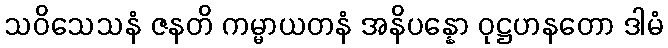
သဝိသေသနံ ဇနတိ ကမ္မာယတနံ အနိပန္နော ဝုဋ္ဌဟနတော ဒါမံ